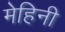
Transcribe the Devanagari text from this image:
मेहिनी